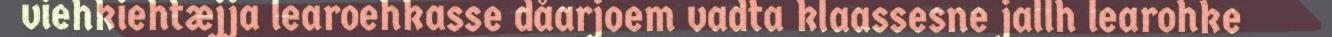
viehkiehtæjja learoehkasse dåarjoem vadta klaassesne jallh learohke